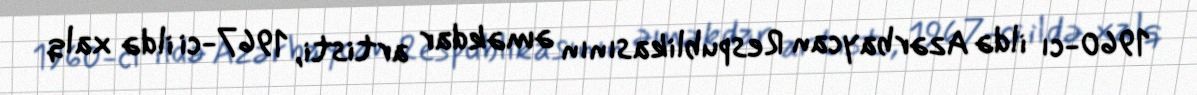
1960-cı ildə Azərbaycan Respublikasının əməkdar artisti, 1967-ci ildə xalq